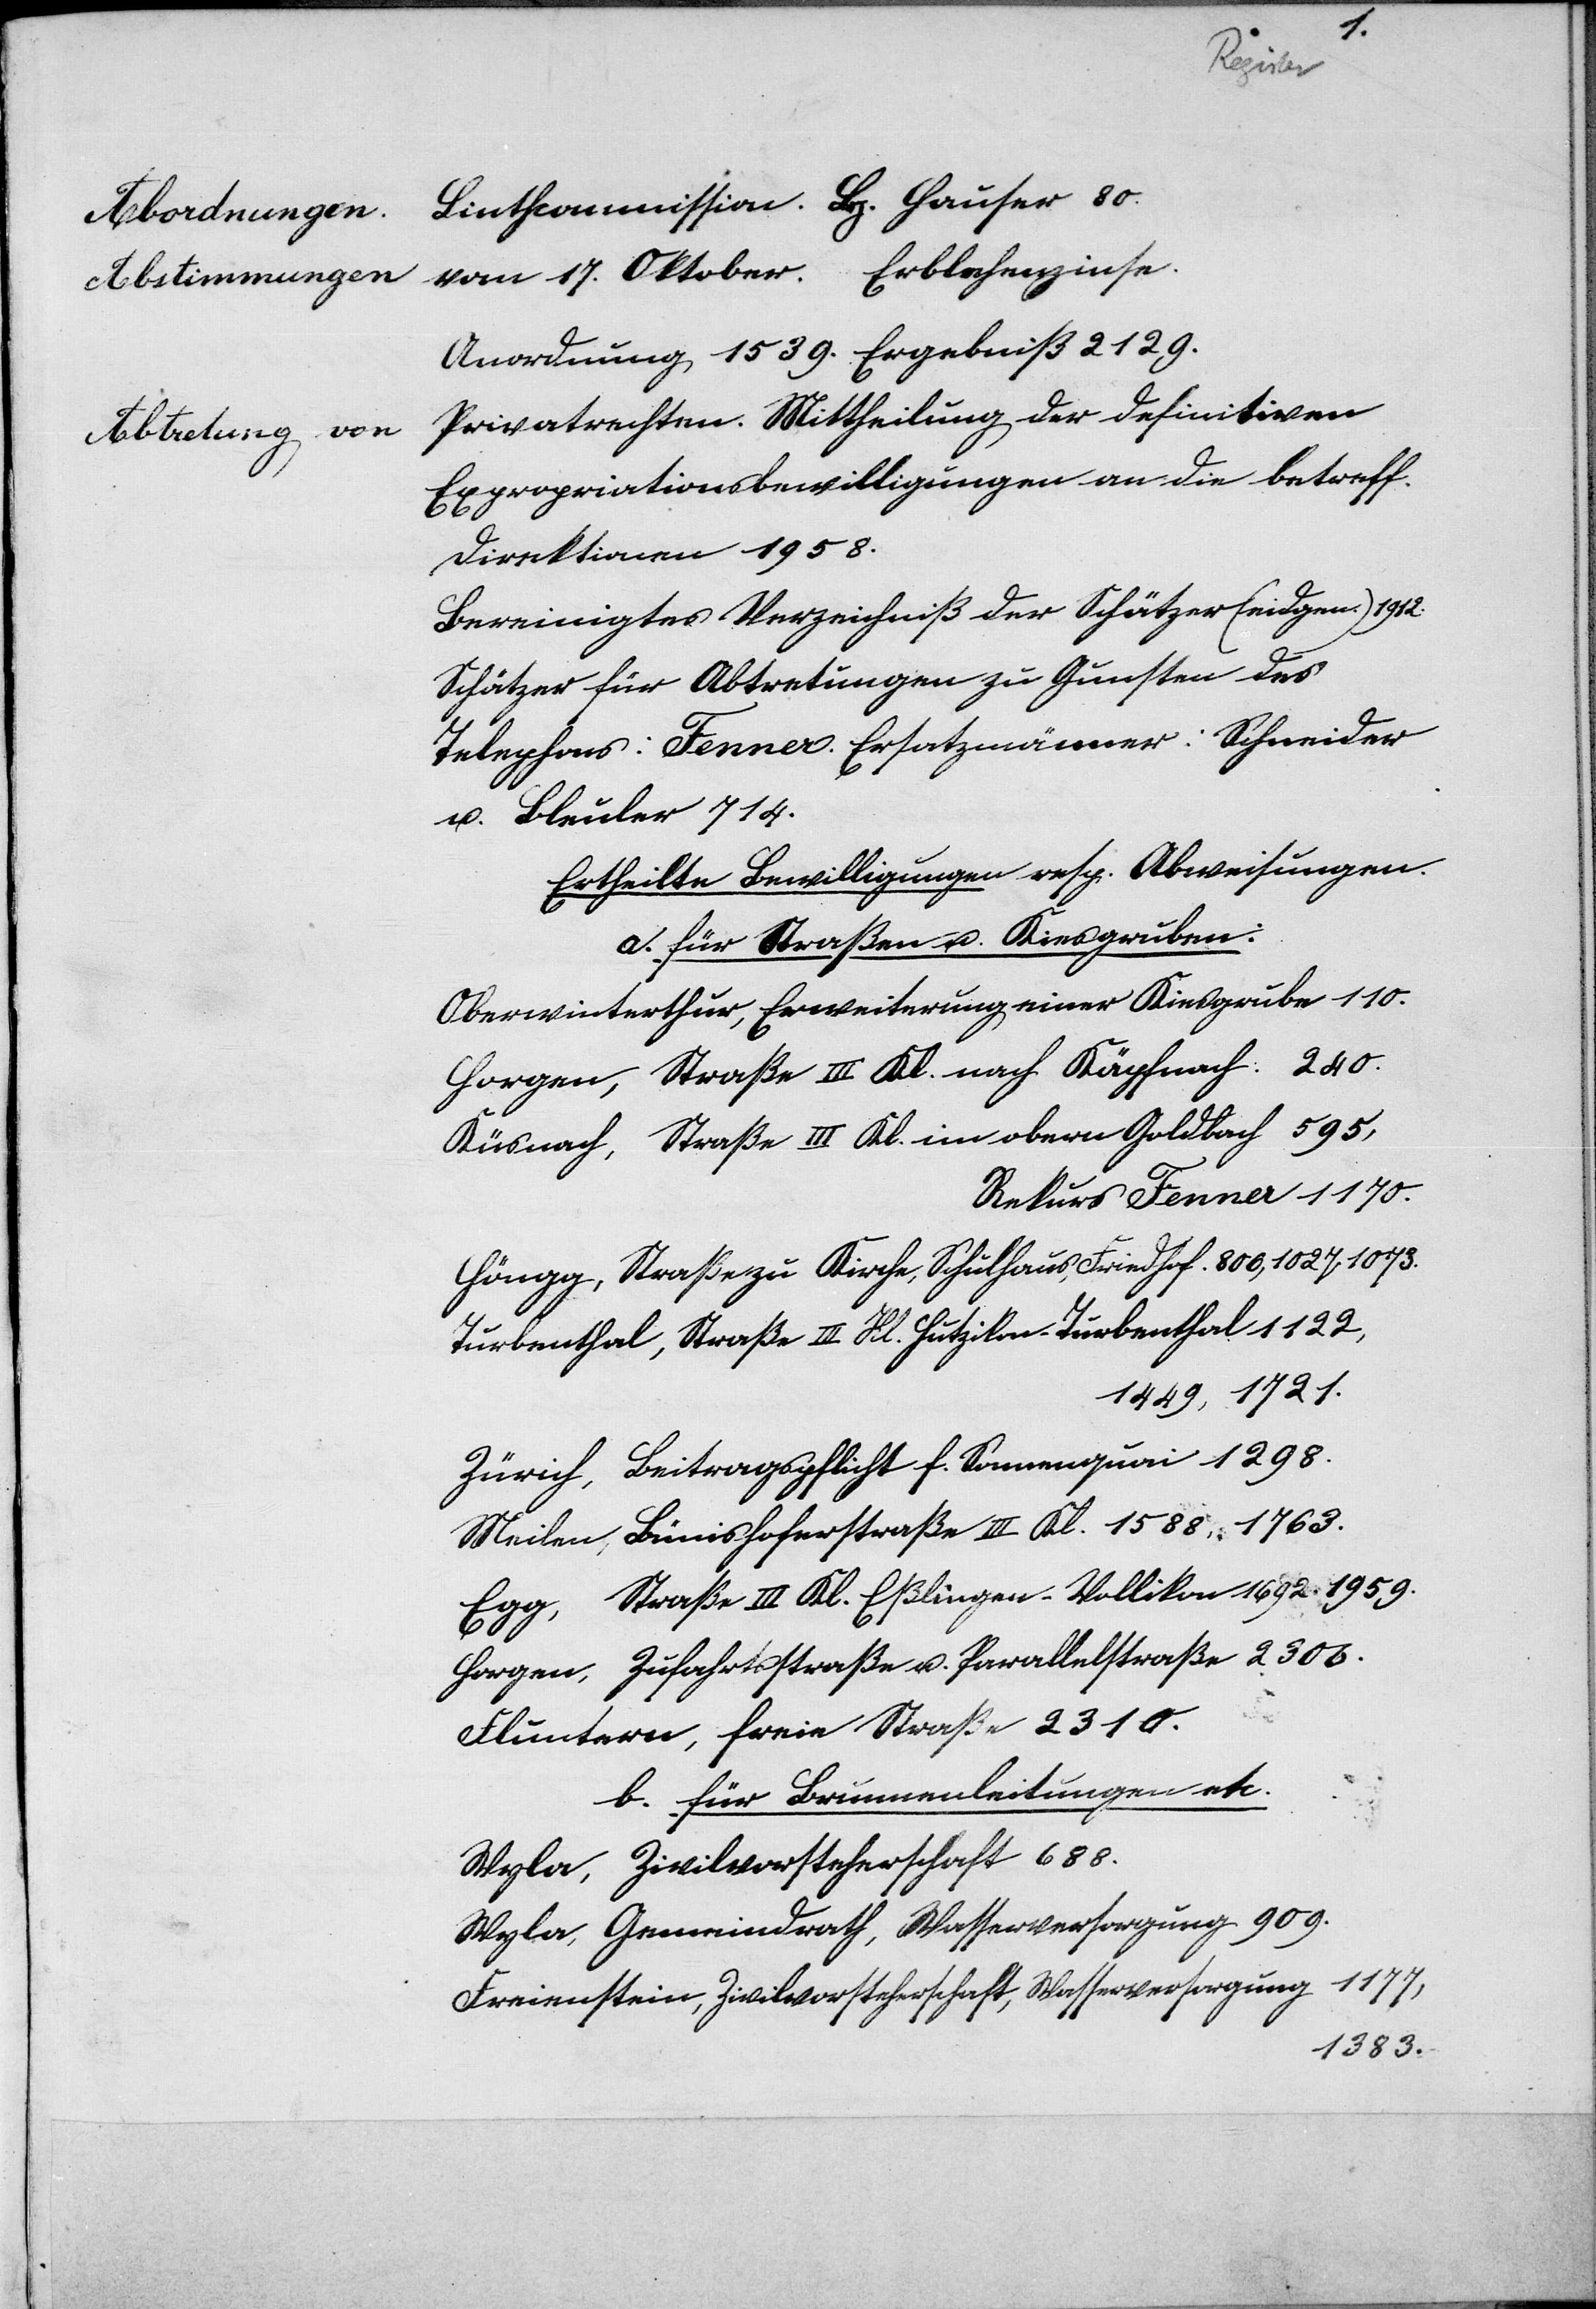
m.
Vermögens-
Aenderungen
in
Obligationen
das
1887
1885.